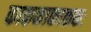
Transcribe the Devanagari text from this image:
काककाकाककः